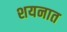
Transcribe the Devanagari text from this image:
शयनात